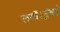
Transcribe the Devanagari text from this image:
लगीं।मुंबई